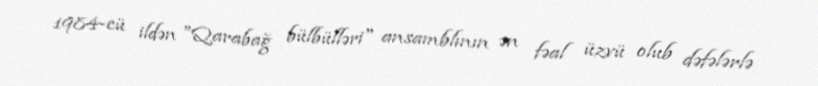
1984-cü ildən "Qarabağ bülbülləri" ansamblının ən fəal üzvü olub dəfələrlə